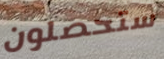
ستحصلون